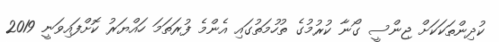
ކުދިންތަކަކަށް ޖިންސީ ގޯނާ ކުރުމުގެ ތުހުމަތުގައި އެންމެ ފުރަތަމަ ހައްޔަރު ކޮށްފައިވަނީ 2019